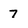
Character: 7